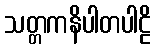
သတ္တကနိပါတပါဠိ